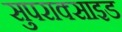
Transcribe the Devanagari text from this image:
सुपराक्साइड